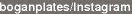
poganplates/Instagram